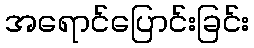
အရောင်ပြောင်းခြင်း